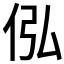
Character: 𪜴